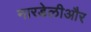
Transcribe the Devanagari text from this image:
नारडेलीऔर